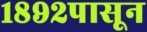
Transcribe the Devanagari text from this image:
१८९२पासून